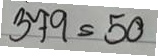
379 = 50